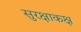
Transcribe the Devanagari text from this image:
सुरक्षाकक्ष